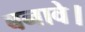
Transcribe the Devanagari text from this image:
बनावे।